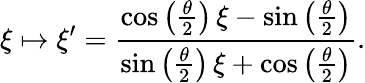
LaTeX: \xi\mapsto\xi^{\prime}={\frac{\cos\left({\frac{\theta}{2}}\right)\, \xi-\sin\left({\frac{\theta}{2}}\right)}{\sin\left({\frac{\theta}{2}}\right)\, \xi+\cos\left({\frac{\theta}{2}}\right)}}.